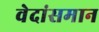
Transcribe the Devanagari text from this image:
वेदांसमान